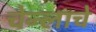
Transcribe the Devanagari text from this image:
चेन्लाचे